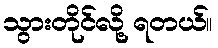
သွားတိုင်လို့ ရတယ်။